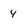
Character: 4